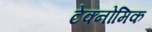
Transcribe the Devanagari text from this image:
टेक्नोमिक